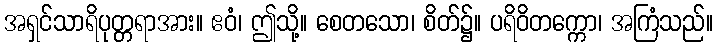
အရှင်သာရိပုတ္တရာအား။ ဧဝံ၊ ဤသို့။ စေတသော၊ စိတ်၌။ ပရိဝိတက္ကော၊ အကြံသည်။